画像に写った文字を読んでください
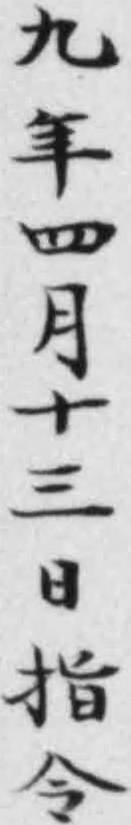
「九年四月十三日指令」と書いてあります